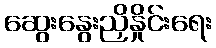
ဆွေးနွေးညှိနှိုင်းရေး